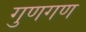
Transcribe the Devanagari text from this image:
गुणगण